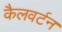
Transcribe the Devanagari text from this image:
कैलवर्टन